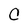
Character: C